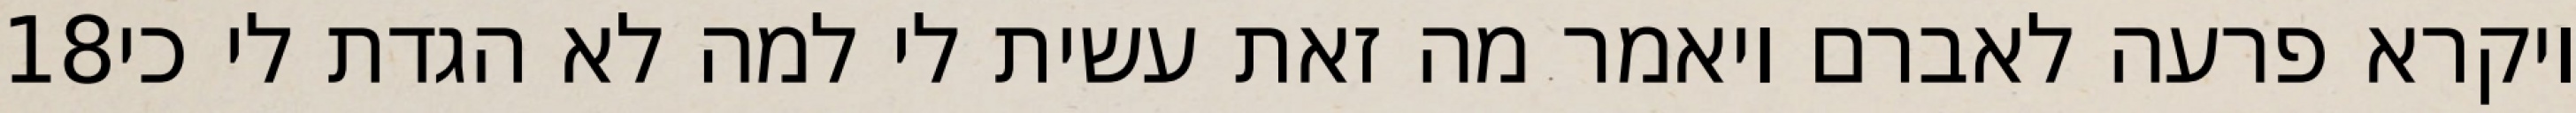
‎18‏ ויקרא פרעה לאברם ויאמר מה זאת עשית לי למה לא הגדת לי כי